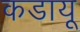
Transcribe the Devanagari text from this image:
कडायू